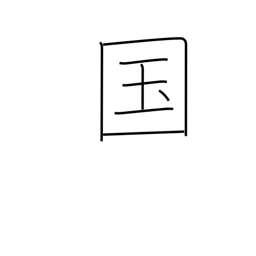
Meaning: country